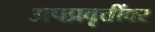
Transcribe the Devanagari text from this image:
अपप्रवृत्तींवर